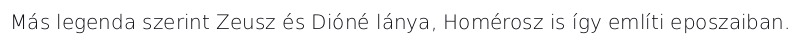
Más legenda szerint Zeusz és Dióné lánya, Homérosz is így említi eposzaiban.